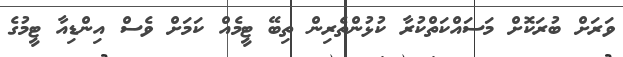
ވަރަށް ބުރަކޮށް މަސައްކަތްކުރާ ކުޅުންތެރިން ތިބޭ ޓީމެއް ކަމަށް ވެސް އިންޑިއާ ޓީމުގެ